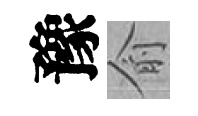
豫俞